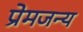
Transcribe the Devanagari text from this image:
प्रेमजन्य